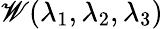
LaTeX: \mathscr{W}(\lambda_{1},\lambda_{2},\lambda_{3})